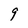
Character: 9